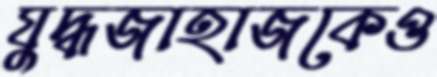
যুদ্ধজাহাজকেও